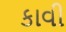
કાવી